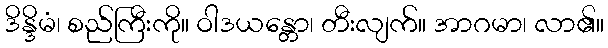
ဒိန္ဒိမံ၊ စည်ကြီးကို။ ဝါဒယန္တော၊ တီးလျက်။ အာဂမာ၊ လာ၏။